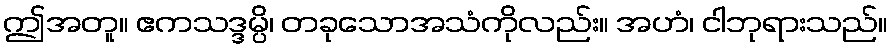
ဤအတူ။ ဧကသဒ္ဒမ္ပိ၊ တခုသောအသံကိုလည်း။ အဟံ၊ ငါဘုရားသည်။